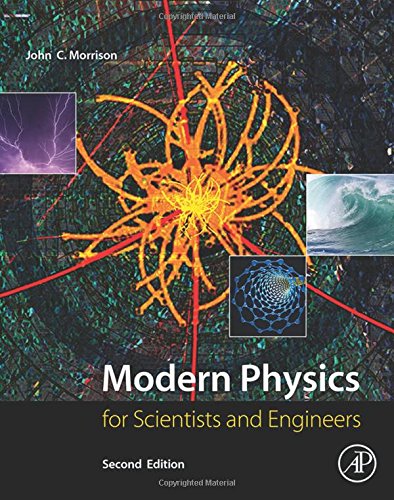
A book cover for Modern Physics, Second Edition: for Scientists and Engineers; John Morrison; Science & Math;